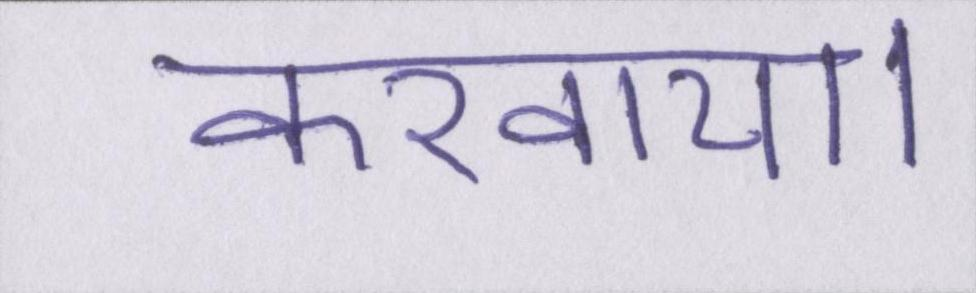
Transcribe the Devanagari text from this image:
करवाया।